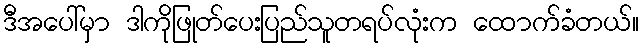
ဒီအပေါ်မှာ ဒါကိုဖြုတ်ပေးပြည်သူတရပ်လုံးက ထောက်ခံတယ်။